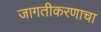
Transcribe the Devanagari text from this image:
जागतीकरणाचा